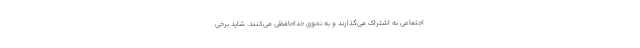
اجتماعی به اشتراک می‌گذارند و به نحوی خداحافظی می‌کنند. شاید برخی